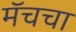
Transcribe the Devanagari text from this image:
मॅचचा